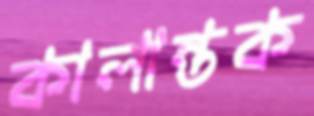
কালান্তক